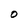
Character: O